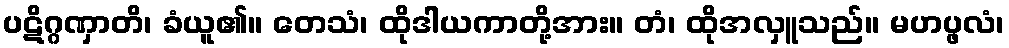
ပဋိဂ္ဂဏှာတိ၊ ခံယူ၏။ တေသံ၊ ထိုဒါယကာတို့အား။ တံ၊ ထိုအလှူသည်။ မဟပ္ဖလံ၊